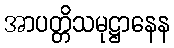
အာပတ္တိသမုဋ္ဌာနေန